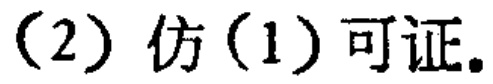
(2) 仿(1)可证.